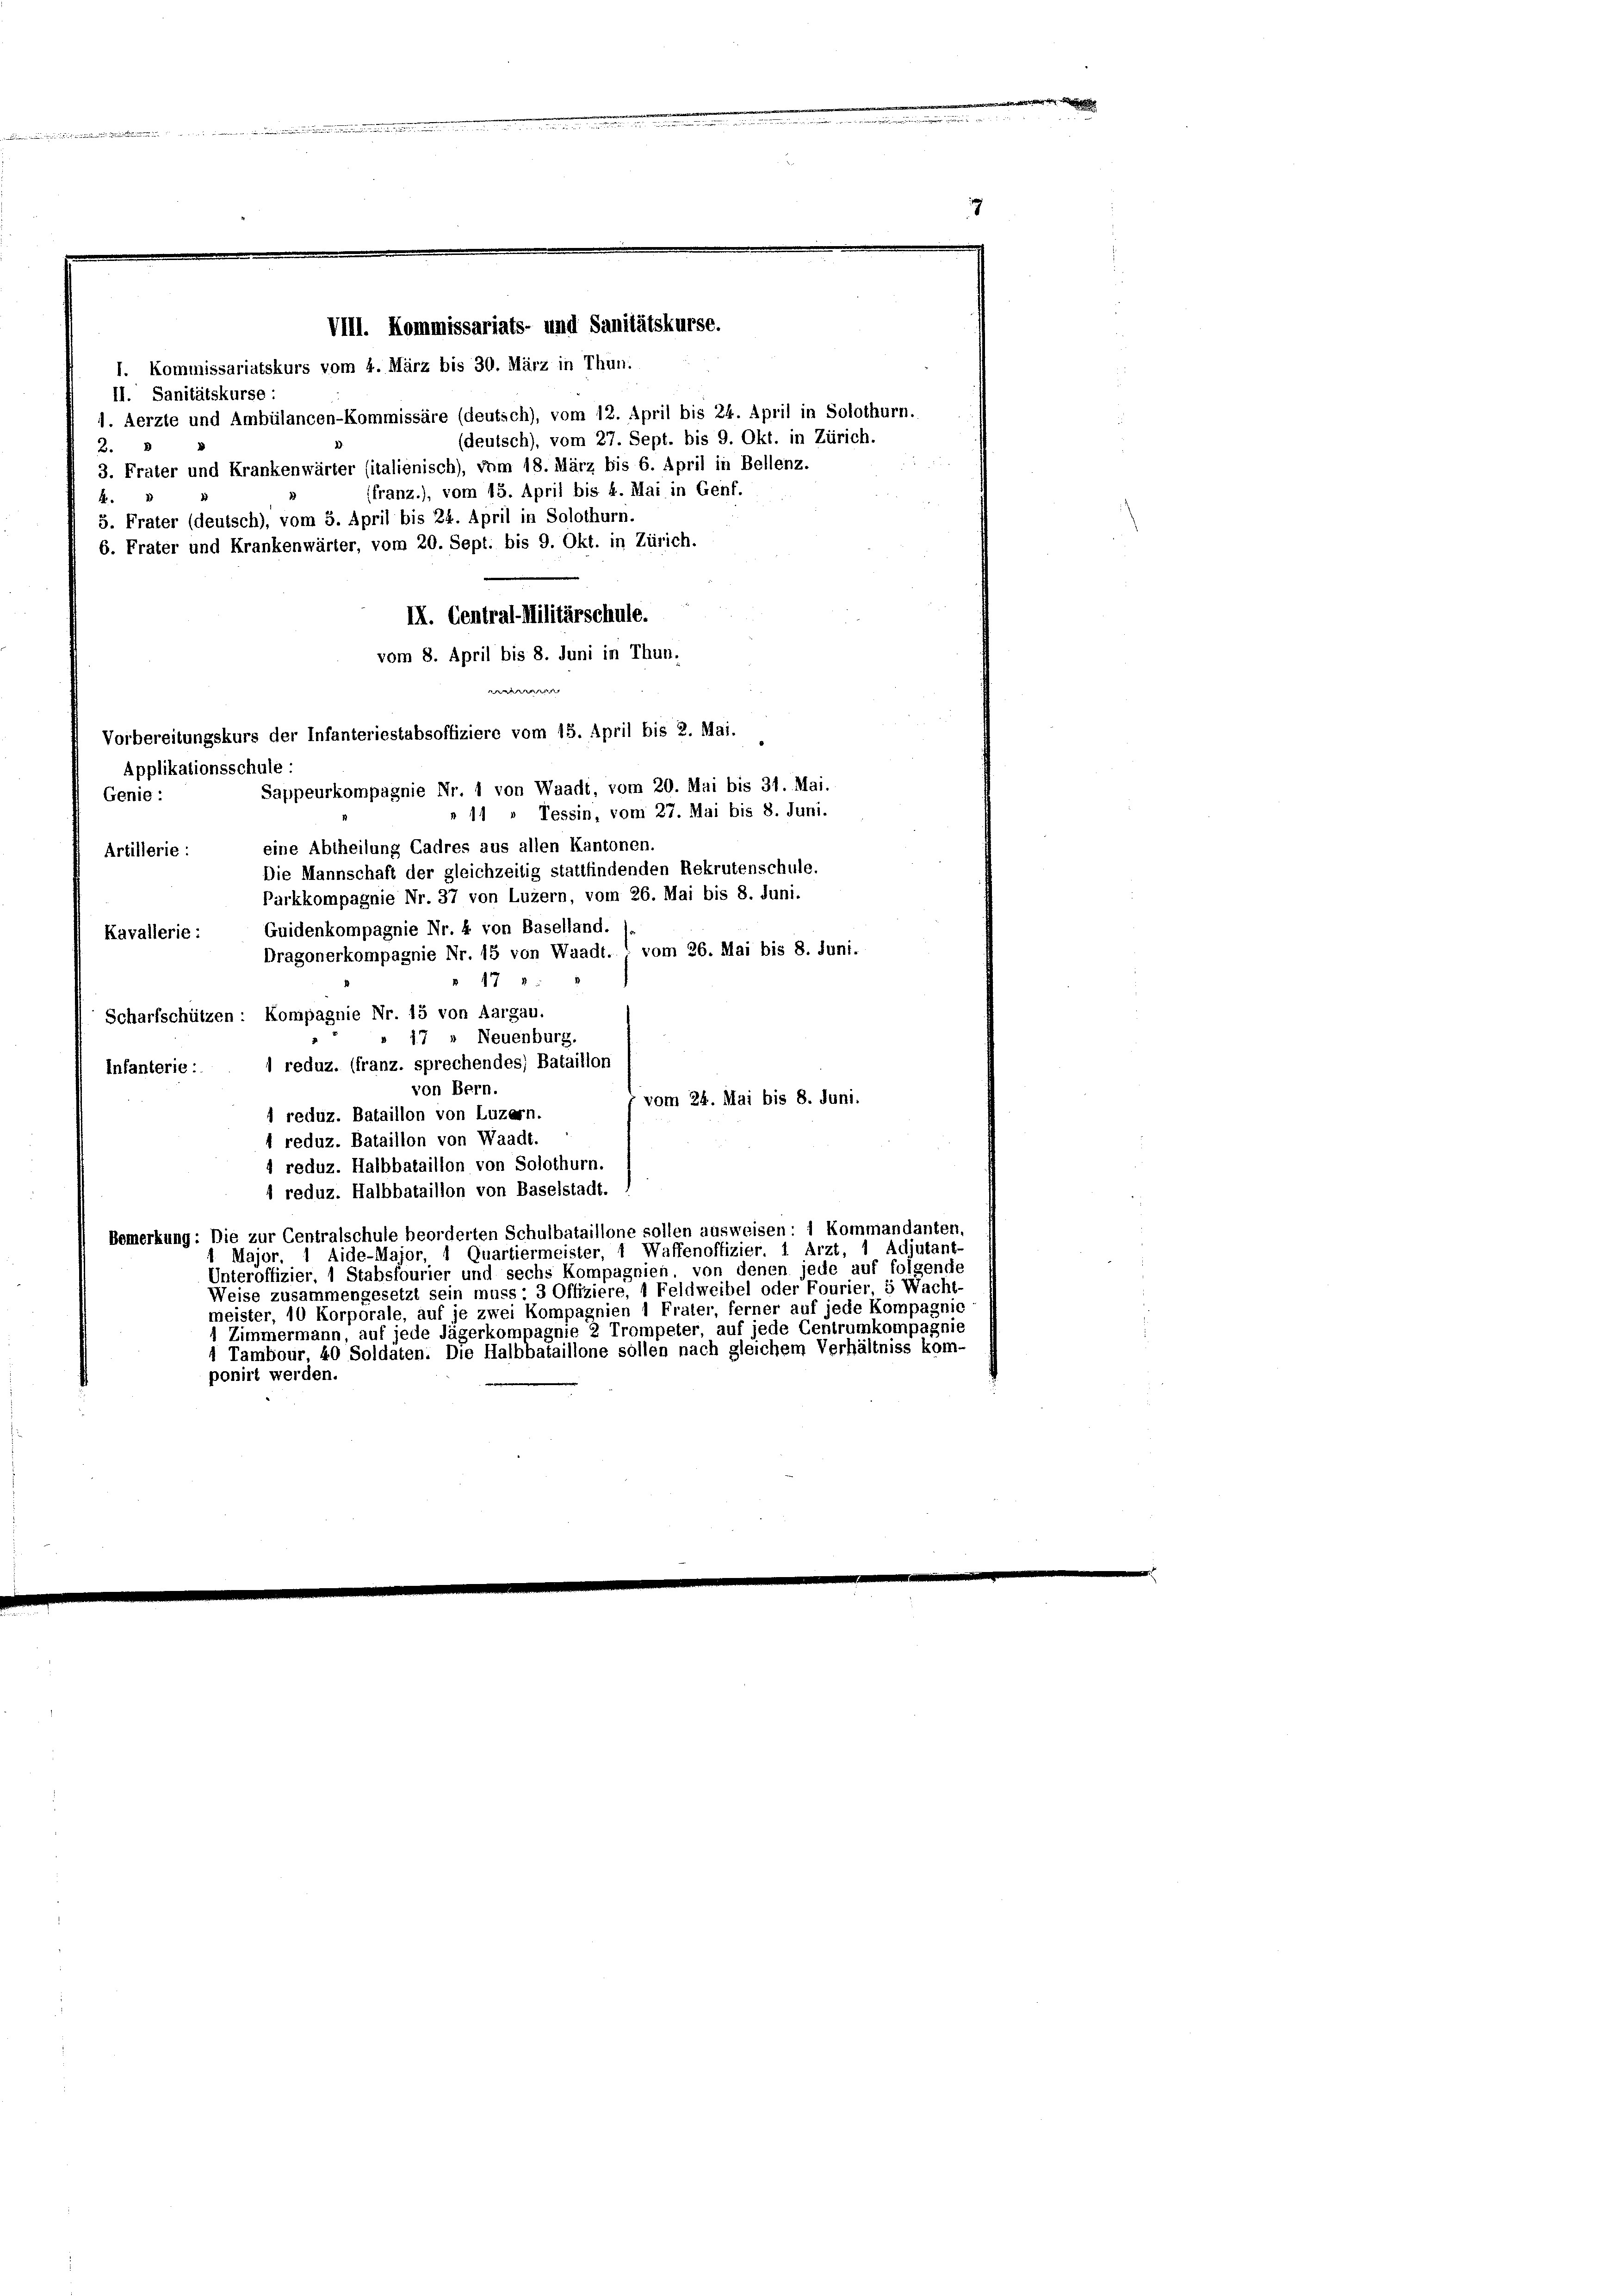
1. Kommissariatskurs vom 4. März bis 30. März in Thun.
(deutsch), vom 27. Sept. bis 9. Okt. in Zürich.
3. Frater und Krankenwärter (italienisch), vom 18. März bis 6. April in Bellenz.
ffranz.), vom 18. April bis 4. Mai in Genf.
5. Frater (deutsch), vom 5. April bis 24. April in Solothurn.
6. Frater und Krankenwärter, vom 20. Sept. bis 9. Okt. in Zürich.
II. Central-Militärschule.
vom 8. April bis 8. Juni in Thun,
e
Vorbereitungskurs der Infanteriestabsoffiziere vom 15. April bis 2. Mai.
Applikationsschule:
Sappeurkompagnie Nr. 1 von Waadt, vom 20. Mai bis 31. Mai.
Genie:
» 11 " Tessin, vom 27. Mai bis 8. Juni.
eine Abtheilung Cadres aus allen Kantonen.

II. Sanitätskurse:
2.
4.

Artillerie:
Die Mannschaft der gleichzeitig stattfindenden Rekrutenschule.
Parkkompagnie Nr. 37 von Luzern, vom 26. Mai bis 8. Juni.
Kavallerie: Guidenkompagnie Nr. 4 von Baselland.
Dragonerkompagnie Nr. 15 von Waadt. " vom 26. Mai bis 8. Juni.
 17
Scharfschützen: Kompagnie Nr. 15 von Aargau.
" 17 " Neuenburg.
1 reduz. ffranz, sprechendes) Bataillon
Infanterie:
von Bern.
vom 24. Mai bis 8. Juni.
1 reduz. Bataillon von Luzern.
1 reduz. Bataillon von Waadt.
4 reduz. Halbbataillon von Solothurn.
1 reduz. Halbbataillon von Baselstadt.
Bemerkung: Die zur Centralschule beorderten Schulbataillone sollen ausweisen: 1 Kommandanten,
Major. 1 Aide-Major, 1 Quartiermeister, 1 Waffenoffizier. 1 Arzt, 1 Adjutant-
Unteroffizier, 1 Stabsfourier und sechs Kompagnien, von denen jede auf folgende
Weise zusammengesetzt sein muss: 3 Offiziere, 1 Feldweibel oder Fourier, 5 Wacht-
meister, 10 Korporale, auf je zwei Kompagnien 1 Frater, ferner auf jede Kompagnie
Zimmermann, auf jede Jägerkompagnie 2 Trompeter, auf jede Centrumkompagnie
4 Tambour, 40 Soldaten. Die Halbbataillone sollen nach gleichem Verhältniss kom-
ponirt werden.

VIII. Kommissariats- und Sanitätskurse.

1. Aerzte und Ambülancen-Kommissäre (deutsch), vom 12. April bis 24. April in Solot